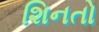
શિનતો